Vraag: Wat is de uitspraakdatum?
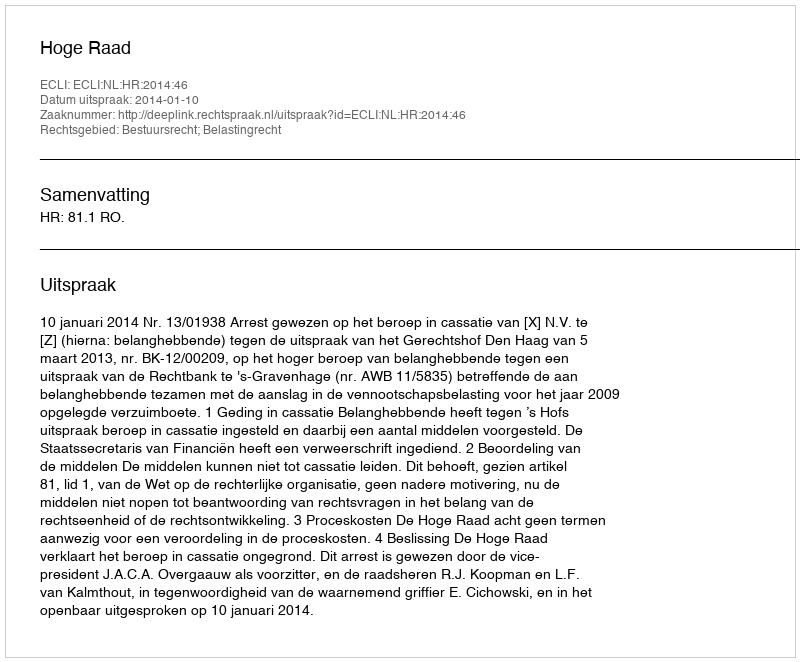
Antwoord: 2014-01-10